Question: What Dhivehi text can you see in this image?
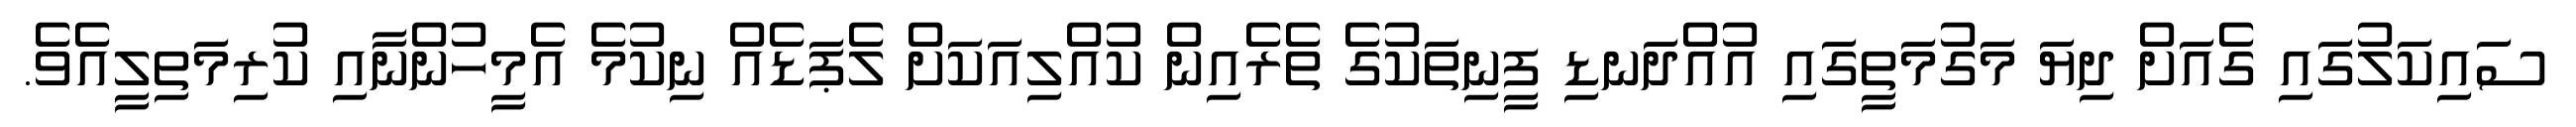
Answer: ސައިކަލުގައި ގެއަށް ދިޔަ މަގުމަތީގައި އުއްދަނޑި ފީނިތަކުގެ ތެރެއިން ކުއްލިއަކަށް ލެޕަޑެއް ނިކުމެ އެމީހުންނާއި ކުރިމަތިލީއެވެ.